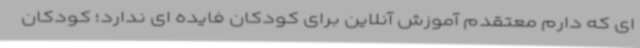
ای که دارم معتقدم آموزش آنلاین برای کودکان فایده ای ندارد؛ کودکان